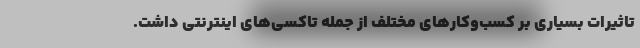
تاثیرات بسیاری بر کسب‌و‌کارهای مختلف از جمله تاکسی‌های اینترنتی داشت.